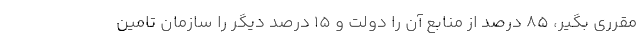
مقرری بگیر، ۸۵ درصد از منابع آن را دولت و ۱۵ درصد دیگر را سازمان تامین